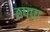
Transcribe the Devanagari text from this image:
ठप्‍पा